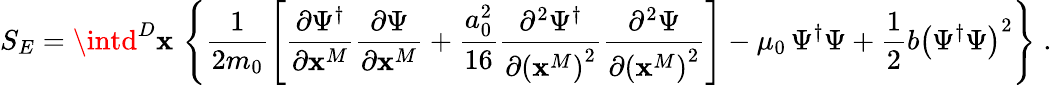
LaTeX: S_{E}=\intd^{D}\mathbf{x}\, \left\{ \frac{{1}}{{2m_{0}}}\left[\frac{{\partial\Psi^{\dagger}}}{{\partial\mathbf{x}^{M}}}\frac{{\partial\Psi}}{{\partial\mathbf{x}^{M}}}+\frac{{a_{0}^{2}}}{{16}}\frac{{\partial^{2}\Psi^{\dagger}}}{{\partial\left(\mathbf{x}^{M}\right)^{2}}}\frac{{\partial^{2}\Psi}}{{\partial\left(\mathbf{x}^{M}\right)^{2}}}\right]-\mu_{0}\, \Psi^{\dagger}\Psi+\frac{{1}}{{2}}b\left(\Psi^{\dagger}\Psi\right)^{2}\right\} \; .